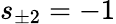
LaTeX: s_{\pm 2}=-1